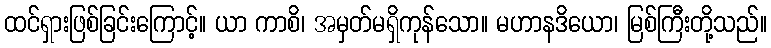
ထင်ရှားဖြစ်ခြင်းကြောင့်။ ယာ ကာစိ၊ အမှတ်မရှိကုန်သော။ မဟာနဒိယော၊ မြစ်ကြီးတို့သည်။